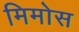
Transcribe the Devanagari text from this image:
मिमोस